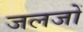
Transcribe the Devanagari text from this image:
जलजों